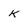
Character: K